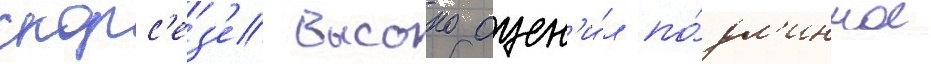
скорс'ез'е высоко оцен'и́л по́дл'инное